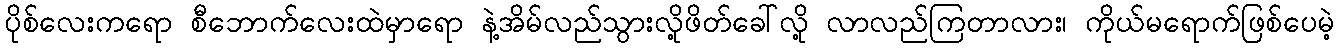
ပိုစ်လေးကရော စီဘောက်လေးထဲမှာရော နဲ့အိမ်လည်သွားလို့ဖိတ်ခေါ်လို့ လာလည်ကြတာလား၊ ကိုယ်မရောက်ဖြစ်ပေမဲ့